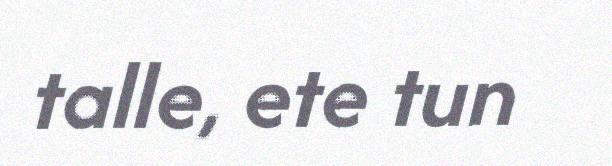
talle, ete tun